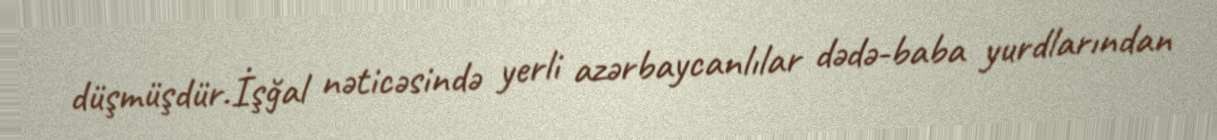
düşmüşdür.İşğal nəticəsində yerli azərbaycanlılar dədə-baba yurdlarından